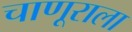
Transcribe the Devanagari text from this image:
चाणूराला